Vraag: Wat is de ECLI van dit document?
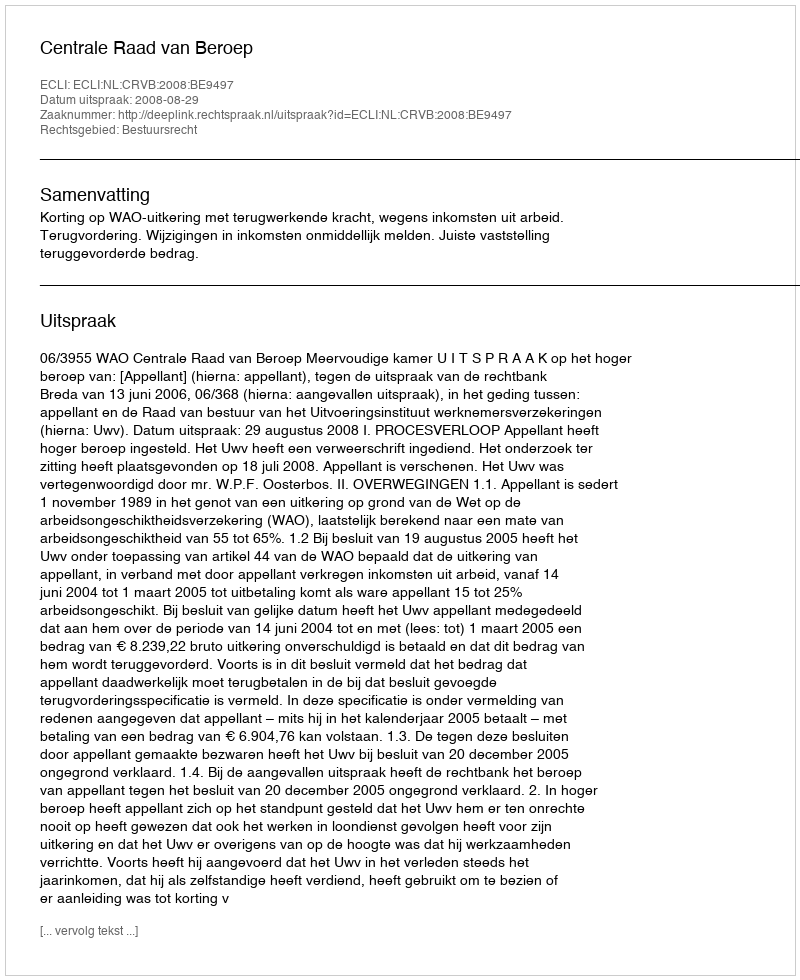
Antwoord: ECLI:NL:CRVB:2008:BE9497